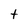
Character: t